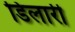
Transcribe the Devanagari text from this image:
डिलारी